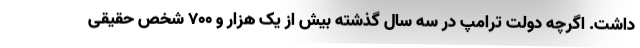
داشت. اگرچه دولت ترامپ در سه سال گذشته بیش از یک هزار و 700 شخص حقیقی